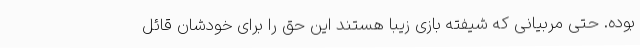
بوده. حتی مربیانی که شیفته بازی زیبا هستند این حق را برای خودشان قائل